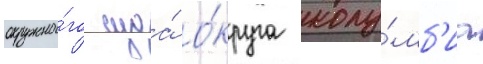
окружно́го суда́ о́круга колу́мб'иа